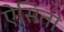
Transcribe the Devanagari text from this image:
ऐसिती